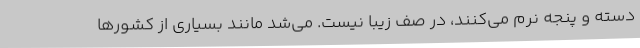
دسته و پنجه نرم می‌کنند، در صف زیبا نیست. می‌شد مانند بسیاری از کشورها